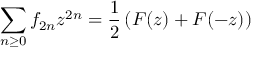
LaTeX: \sum _ { n \geq 0 } f _ { 2 n } z ^ { 2 n } = { \frac { 1 } { 2 } } \left( F ( z ) + F ( - z ) \right)